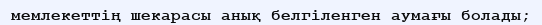
мемлекеттің шекарасы анық белгіленген аумағы болады;